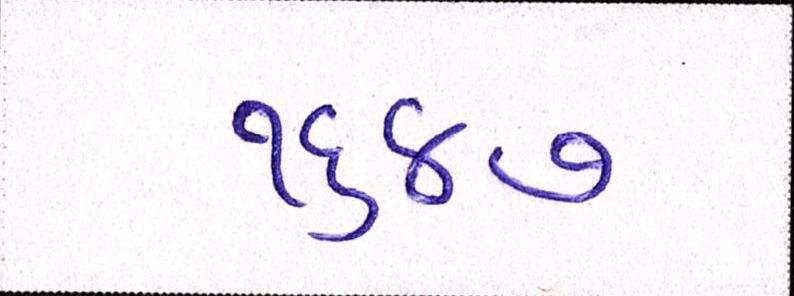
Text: ૧૬૪૭